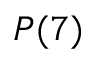
P ( 7 )